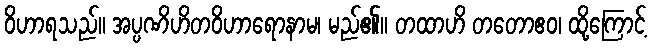
ဝိဟာရသည်။ အပ္ပဏိဟိတဝိဟာရောနာမ၊ မည်၏။ တထာဟိ တတောဧဝ၊ ထို့ကြောင့်